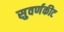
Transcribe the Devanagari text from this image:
सुवर्णकीट